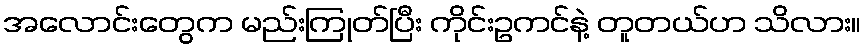
အလောင်းတွေက မည်းကြုတ်ပြီး ကိုင်းဥကင်နဲ့ တူတယ်ဟ သိလား။